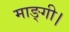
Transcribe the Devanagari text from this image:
माङ्गी।